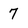
Character: 7